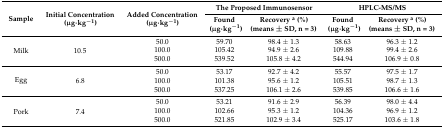
<table><thead><tr><td rowspan="2"><b>Sample</b></td><td rowspan="2"><b>Initial Concentration (μg·kg<sup>−1</sup>)</b></td><td rowspan="2"><b>Added Concentration (μg·kg<sup>−1</sup>)</b></td><td colspan="2"><b>The Proposed Immunosensor</b></td><td colspan="2"><b>HPLC-MS/MS</b></td></tr><tr><td><b>Found (μg·kg<sup>−1</sup>)</b></td><td><b>Recovery <sup>a</sup> (%) (means ± SD, n = 3)</b></td><td><b>Found (μg·kg<sup>−1</sup>)</b></td><td><b>Recovery <sup>a</sup> (%) (means ± SD, n = 3)</b></td></tr></thead><tbody><tr><td rowspan="3">Milk</td><td rowspan="3">10.5</td><td>50.0</td><td>59.70</td><td>98.4 ± 1.3</td><td>58.63</td><td>96.3 ± 1.2</td></tr><tr><td>100.0</td><td>105.42</td><td>94.9 ± 2.6</td><td>109.88</td><td>99.4 ± 2.6</td></tr><tr><td>500.0</td><td>539.52</td><td>105.8 ± 4.2</td><td>544.94</td><td>106.9 ± 0.8</td></tr><tr><td rowspan="3">Egg</td><td rowspan="3">6.8</td><td>50.0</td><td>53.17</td><td>92.7 ± 4.2</td><td>55.57</td><td>97.5 ± 1.7</td></tr><tr><td>100.0</td><td>101.38</td><td>95.6 ± 1.2</td><td>105.51</td><td>98.7 ± 1.3</td></tr><tr><td>500.0</td><td>537.25</td><td>106.1 ± 2.6</td><td>539.85</td><td>106.6 ± 1.6</td></tr><tr><td rowspan="3">Pork</td><td rowspan="3">7.4</td><td>50.0</td><td>53.21</td><td>91.6 ± 2.9</td><td>56.39</td><td>98.0 ± 4.4</td></tr><tr><td>100.0</td><td>102.66</td><td>95.3 ± 1.2</td><td>104.36</td><td>96.9 ± 1.2</td></tr><tr><td>500.0</td><td>521.85</td><td>102.9 ± 3.4</td><td>525.17</td><td>103.6 ± 1.8</td></tr></tbody></table>